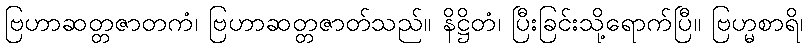
ဗြဟာဆတ္တဇာတကံ၊ ဗြဟာဆတ္တဇာတ်သည်။ နိဋ္ဌိတံ၊ ပြီးခြင်းသို့ရောက်ပြီ။ ဗြဟ္မစာရိ၊